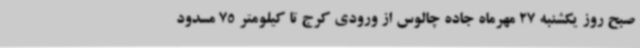
صبح روز یکشنبه 27 مهرماه جاده چالوس از ورودی کرج تا کیلومتر 75 مسدود